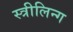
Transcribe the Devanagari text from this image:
स्त्रीलिन्ग